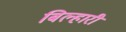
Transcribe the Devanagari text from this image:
बिल्हारी